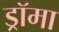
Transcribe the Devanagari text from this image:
ड्रॉमा